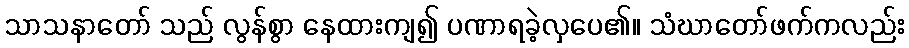
သာသနာတော် သည် လွန်စွာ နေထားကျ၍ ပဏာရခဲ့လှပေ၏။ သံဃာတော်ဖက်ကလည်း